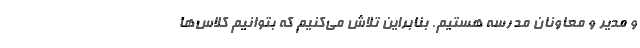
و مدیر و معاونان مدرسه هستیم. بنابراین تلاش می‌کنیم که بتوانیم کلاس‌ها